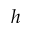
h